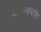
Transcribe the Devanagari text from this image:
धारण्करके